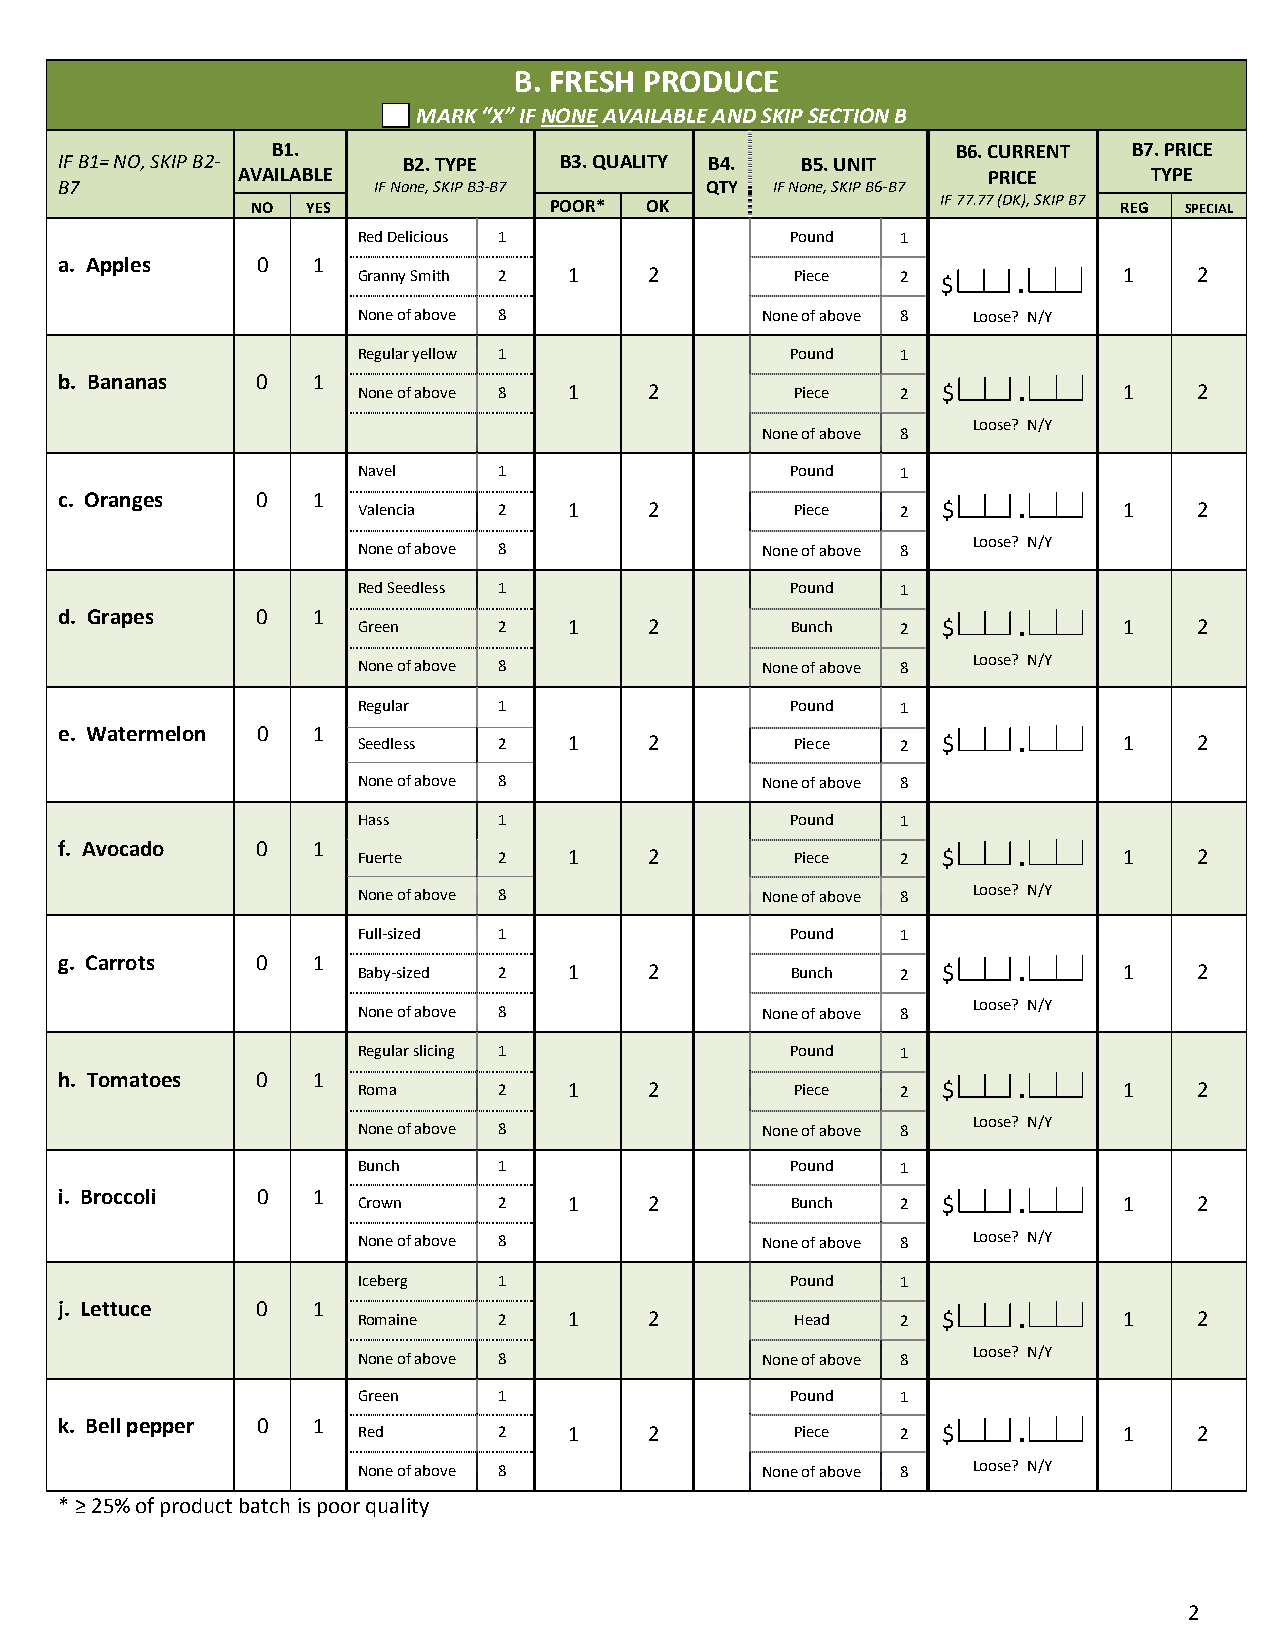
B. FRESH PRODUCE
 MARK “X” IF NONE AVAILABLE AND SKIP SECTION B
 B1.                                          B6. CURRENT B7. PRICE
 IF B1= NO, SKIP B2-    B2. TYPE  B3. QUALITY B4. B5. UNIT
 AVAILABLE                                        PRICE      TYPE
 B7                   IF None, SKIP B3-B7   QTY IF None, SKIP B6-B7
 IF 77.77 (DK), SKIP B7
 NO YES             POOR*  OK                             REG SPECIAL
 Red Delicious 1             Pound   1
 a. Apples    0   1
 Granny Smith 2 1   2         Piece  2 $    .      1    2
 None of above 8           None of above 8 Loose? N/Y
 Regular yellow 1            Pound   1
 b. Bananas   0   1
 None of above 8 1  2         Piece  2 $    .      1    2
 Loose? N/Y
 None of above 8
 Navel    1                  Pound   1
 c. Oranges   0   1
 Valencia 2    1    2         Piece  2 $    .      1    2
 Loose? N/Y
 None of above 8           None of above 8
 Red Seedless 1              Pound   1
 d. Grapes    0   1
 Green    2    1    2        Bunch   2 $    .      1    2
 Loose? N/Y
 None of above 8           None of above 8
 Regular  1                  Pound   1
 e. Watermelon 0  1  Seedless 2    1    2         Piece  2 $    .      1    2
 None of above 8           None of above 8
 Hass     1                  Pound   1
 f. Avocado   0   1  Fuerte   2    1    2         Piece  2 $    .      1    2
 None of above 8           None of above 8 Loose? N/Y
 Full-sized 1                Pound   1
 g. Carrots   0   1
 Baby-sized 2  1    2        Bunch   2 $    .      1    2
 Loose? N/Y
 None of above 8           None of above 8
 Regular slicing 1           Pound   1
 h. Tomatoes  0   1
 Roma     2    1    2         Piece  2 $    .      1    2
 Loose? N/Y
 None of above 8           None of above 8
 Bunch    1                  Pound   1
 i. Broccoli  0   1  Crown    2    1    2        Bunch   2 $    .      1    2
 None of above 8           None of above 8 Loose? N/Y
 Iceberg  1                  Pound   1
 j. Lettuce   0   1
 Romaine  2    1    2         Head   2 $    .      1    2
 Loose? N/Y
 None of above 8           None of above 8
 Green    1                  Pound   1
 k. Bell pepper 0 1  Red      2    1    2         Piece  2 $    .      1    2
 None of above 8           None of above 8 Loose? N/Y
 * ≥ 25% of product batch is poor quality
 2